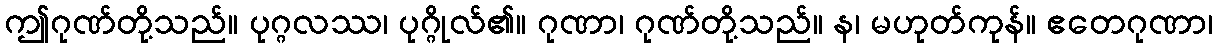
ဤဂုဏ်တို့သည်။ ပုဂ္ဂလဿ၊ ပုဂ္ဂိုလ်၏။ ဂုဏာ၊ ဂုဏ်တို့သည်။ န၊ မဟုတ်ကုန်။ ဧတေဂုဏာ၊